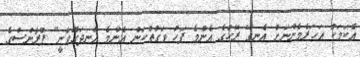
އެކަމަކު އަަހަރެމެންނަށް އެނގޭ ރޭހުގެ އެންމެ ފަހު ވަގުތުކަން އެންމެ އުނދަގޫވާނީ" ފްރާންސްގެ